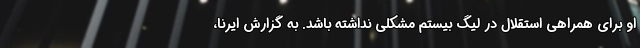
او برای همراهی استقلال در لیگ بیستم مشکلی نداشته باشد. به گزارش ایرنا،